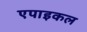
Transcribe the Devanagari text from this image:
एपाइकल